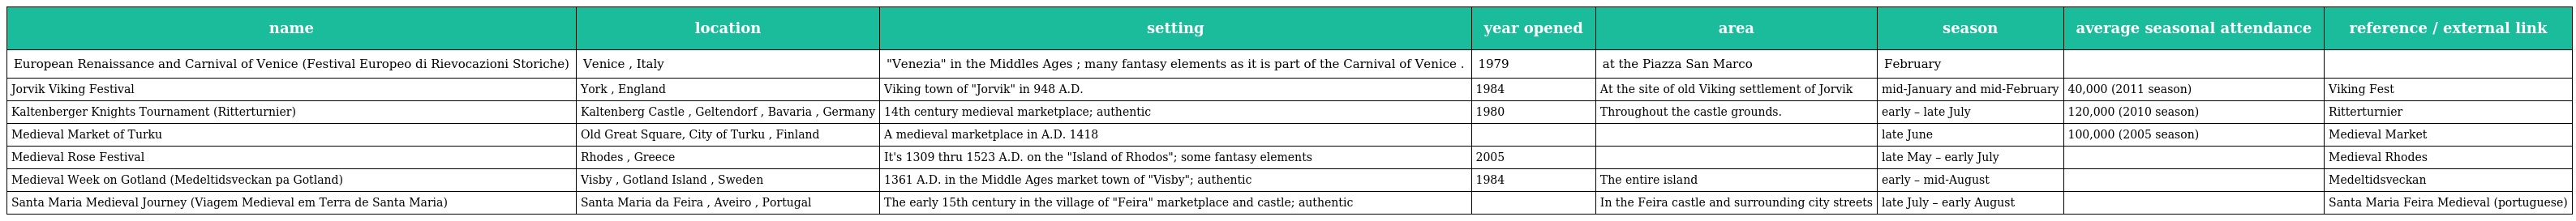
| name | location | setting | year opened | area | season | average seasonal attendance | reference / external link |
 | --- | --- | --- | --- | --- | --- | --- | --- |
 | European Renaissance and Carnival of Venice (Festival Europeo di Rievocazioni Storiche) | Venice , Italy | "Venezia" in the Middles Ages ; many fantasy elements as it is part of the Carnival of Venice . | 1979 | at the Piazza San Marco | February |  |  |
 | Jorvik Viking Festival | York , England | Viking town of "Jorvik" in 948 A.D. | 1984 | At the site of old Viking settlement of Jorvik | mid-January and mid-February | 40,000 (2011 season) | Viking Fest |
 | Kaltenberger Knights Tournament (Ritterturnier) | Kaltenberg Castle , Geltendorf , Bavaria , Germany | 14th century medieval marketplace; authentic | 1980 | Throughout the castle grounds. | early – late July | 120,000 (2010 season) | Ritterturnier |
 | Medieval Market of Turku | Old Great Square, City of Turku , Finland | A medieval marketplace in A.D. 1418 |  |  | late June | 100,000 (2005 season) | Medieval Market |
 | Medieval Rose Festival | Rhodes , Greece | It's 1309 thru 1523 A.D. on the "Island of Rhodos"; some fantasy elements | 2005 |  | late May – early July |  | Medieval Rhodes |
 | Medieval Week on Gotland (Medeltidsveckan pa Gotland) | Visby , Gotland Island , Sweden | 1361 A.D. in the Middle Ages market town of "Visby"; authentic | 1984 | The entire island | early – mid-August |  | Medeltidsveckan |
 | Santa Maria Medieval Journey (Viagem Medieval em Terra de Santa Maria) | Santa Maria da Feira , Aveiro , Portugal | The early 15th century in the village of "Feira" marketplace and castle; authentic |  | In the Feira castle and surrounding city streets | late July – early August |  | Santa Maria Feira Medieval (portuguese) |